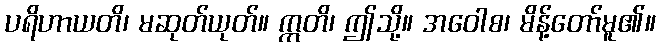
ပရိဟာယတိ၊ မဆုတ်ယုတ်။ ဣတိ၊ ဤသို့။ အဝေါစ၊ မိန့်တော်မူ၏။